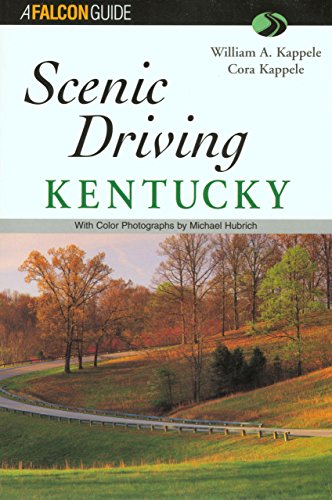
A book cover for Scenic Driving Kentucky (Scenic Routes & Byways); William Kappele; Travel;